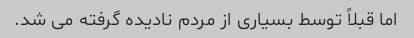
اما قبلاً توسط بسیاری از مردم نادیده گرفته می شد.